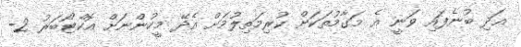
އަދި ބުނެފައި ވަނީ އެ މަގާމުތަކަށް ކުރިމަތިލުމަށް އެދޭ މީހުންނަށް އޮކްޓޯބަރު 2-